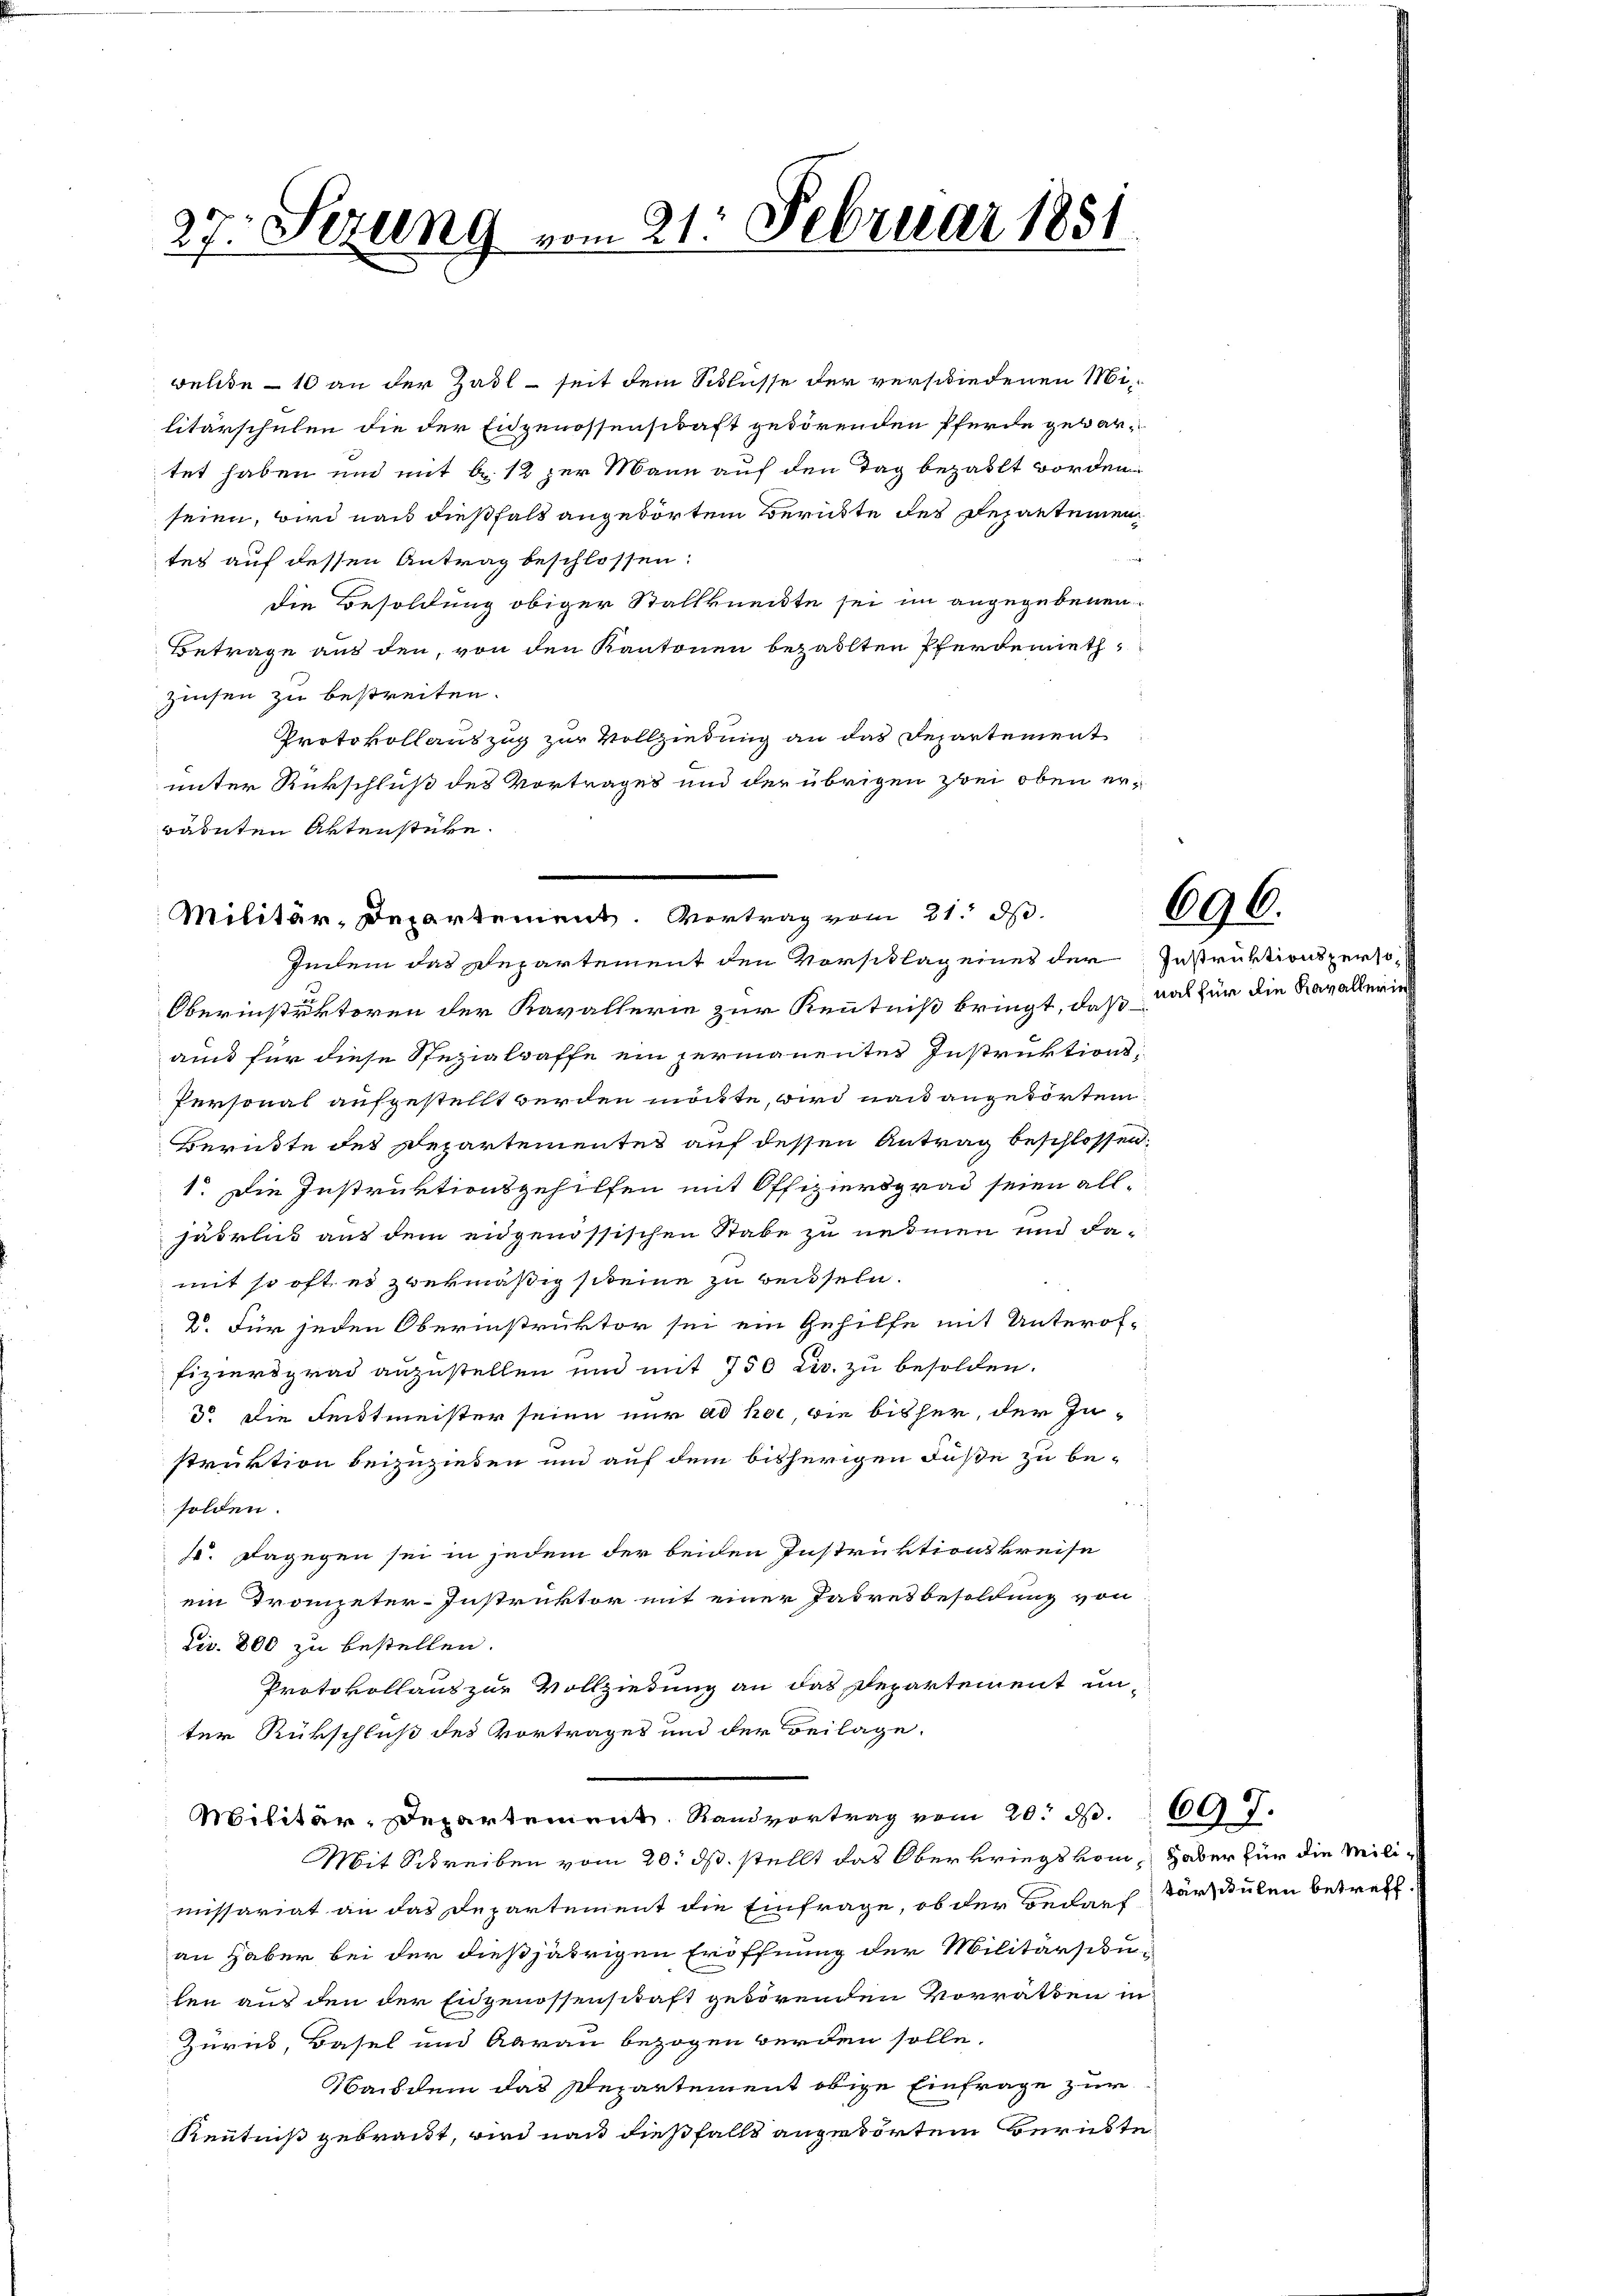
27. Sezung vom 21. Februar 1881

Protokollauszug zur Vollziehung an das Departement
unter Rückschluß des Vortrages und der übrigen zwei oben erwähnten Aktenstüke

welde – 10 an der Zadl - seit dem Schlusse der verschiedenen Militärschulen die der Eidgenossenschaft gedörenden Pferde gebartet haben und mit 6. 12 zur Mann auf den Tag bezahlt worden.
seien, wird nach dießfall angedörten Berückte des Repartementes auf dessen Antrag beschlossen:
die Besoldung obiger Stallkneckte sei im angegebenen
Betrage aus den, von den Kantonen bezahlten Pferdemieth¬
Zinsen zu bestreiten.

Militär-Departement. Vortrag vom 21. ds.
Indem das Departement den Vorsittag eines der Instruktionsperso

Oberinstektoren der Kavallerie zur Kenntniß bringt, daß nach für die Kavallenauch für diese Spezialwaffe ein permanentes Instruktions¬
Personal aufgestellt werden möchte, wird nach angetorten
Berükte des Departementes auf dessen Antrag beschlossen,
1. Die Instruktionsgehilfen mit Offiziersgrad seien alljährlich aus dem eidgenössischen Stabe zu nehmen und damit so oft es zwekmäßig steine zu weisseln.
D. Für jeden Oberinstruktor sei ein Gehilfe mit Unterof-
fiziersgrad anzustellen und mit 750 Fr. zu besolden.
3o Die Feittmeister seien nur ad hat, die bisher, der In-
struktion beizuziehen und auf dem bisherigen Fuße zu besolden.
p. Dagegen sei in jedem der beiden Instruktionskreise
ein Trompeter-Instruktor mit einer Jahresbesoldung von
Civ. 800 zu bestellen.
Protokollaus zur Vollziedung an das Departement unter Rükschluß des Vortrages und der Beilage.
Militär-Departement Randvortrag vom 20. d.
Mit Schreiben vom 20. ds. stellt das Oberkriegs vom Haber für die Milimissariat an das Departement die Einfrage, ob der Bedarf darzulen betreff
an haber bei der dießjährigen Eröffnung der Militärsibulen aus den der Eidgenossenschaft getörenden Vorrathen in
Zurück, Basel und Aarau bezogen werden solle.
Nachdem das Departement obige Einfrage zur
Renntniß gebracht, wird nach dießfalls angestörten Berüchte

696.

697.